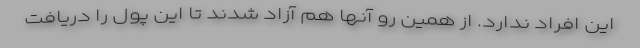
این افراد ندارد. از همین رو آنها هم آزاد شدند تا این پول را دریافت